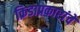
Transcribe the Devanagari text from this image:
क्रिडाप्रकारांचे